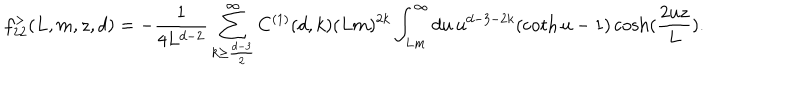
f _ { 2 2 } ^ { > } ( L , m , z , d ) = - \frac { 1 } { 4 L ^ { d - 2 } } \sum _ { k \geq \frac { d - 3 } { 2 } } ^ { \infty } C ^ { ( 1 ) } ( d , k ) ( L m ) ^ { 2 k } \int _ { L m } ^ { \infty } d u \, u ^ { d - 3 - 2 k } ( \coth u - 1 ) \cosh ( \frac { 2 u z } { L } ) .